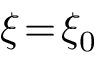
\xi \! = \! \xi _ { 0 }